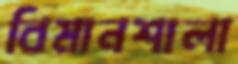
বিমানশালা